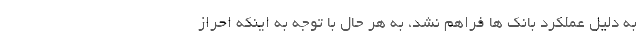
به دلیل عملکرد بانک ها فراهم نشد، به هر حال با توجه به اینکه احراز